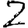
Digit: 2